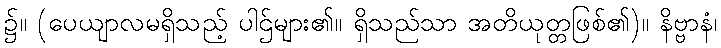
၌။ (ပေယျာလမရှိသည့် ပါဌ်များ၏။ ရှိသည်သာ အတိယုတ္တဖြစ်၏)။ နိဗ္ဗာနံ၊